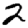
Digit: 2